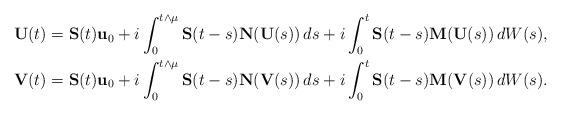
LaTeX: \begin{align*} \mathbf U(t) &= \mathbf S(t) \mathbf u_0 + i \int_0^{t \wedge \mu} \mathbf S(t-s) \mathbf N(\mathbf U(s)) \, ds + i \int_0^t \mathbf S(t-s) \mathbf M(\mathbf U(s)) \, dW(s), \\ \mathbf V(t) &= \mathbf S(t) \mathbf u_0 + i \int_0^{t \wedge \mu} \mathbf S(t-s) \mathbf N(\mathbf V(s)) \, ds + i \int_0^t \mathbf S(t-s) \mathbf M(\mathbf V(s)) \, dW(s).\end{align*}